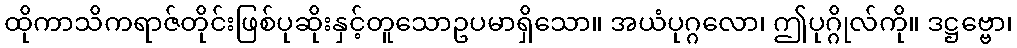
ထိုကာသိကရာဇ်တိုင်းဖြစ်ပုဆိုးနှင့်တူသောဥပမာရှိသော။ အယံပုဂ္ဂလော၊ ဤပုဂ္ဂိုလ်ကို။ ဒဋ္ဌဗ္ဗော၊